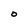
Character: O